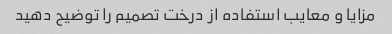
مزایا و معایب استفاده از درخت تصمیم را توضیح دهید